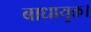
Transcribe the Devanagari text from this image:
बाधायुक्त।